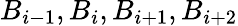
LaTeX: B_{i-1},B_{i},B_{i+1},B_{i+2}